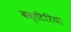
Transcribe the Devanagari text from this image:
बक्टिरिया